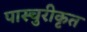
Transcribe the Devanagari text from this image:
पास्चुरीकृत